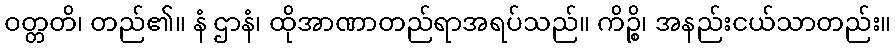
ဝတ္တတိ၊ တည်၏။ နံ ဌာနံ၊ ထိုအာဏာတည်ရာအရပ်သည်။ ကိဉ္စိ၊ အနည်းငယ်သာတည်း။